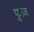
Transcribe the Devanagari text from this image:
फूज़